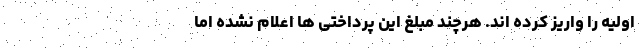
اولیه را واریز کرده اند. هرچند مبلغ این پرداختی ها اعلام نشده اما